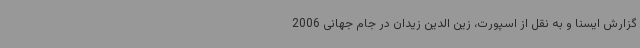
گزارش ایسنا و به نقل از اسپورت، زین الدین زیدان در جام جهانی 2006